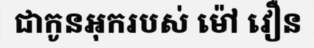
ជាកូនអុករបស់ ម៉ៅ វឿន